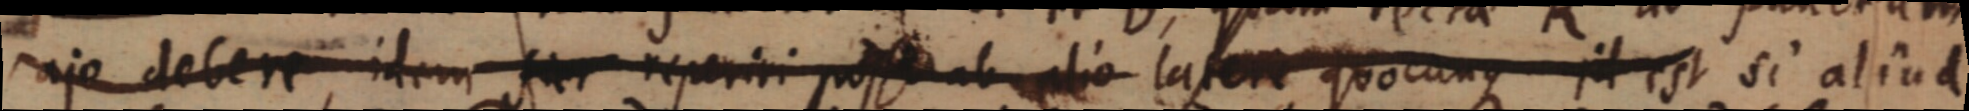
aje debere, idem fiet reperiri pos_ ab alio latere quocunque id est si aliud